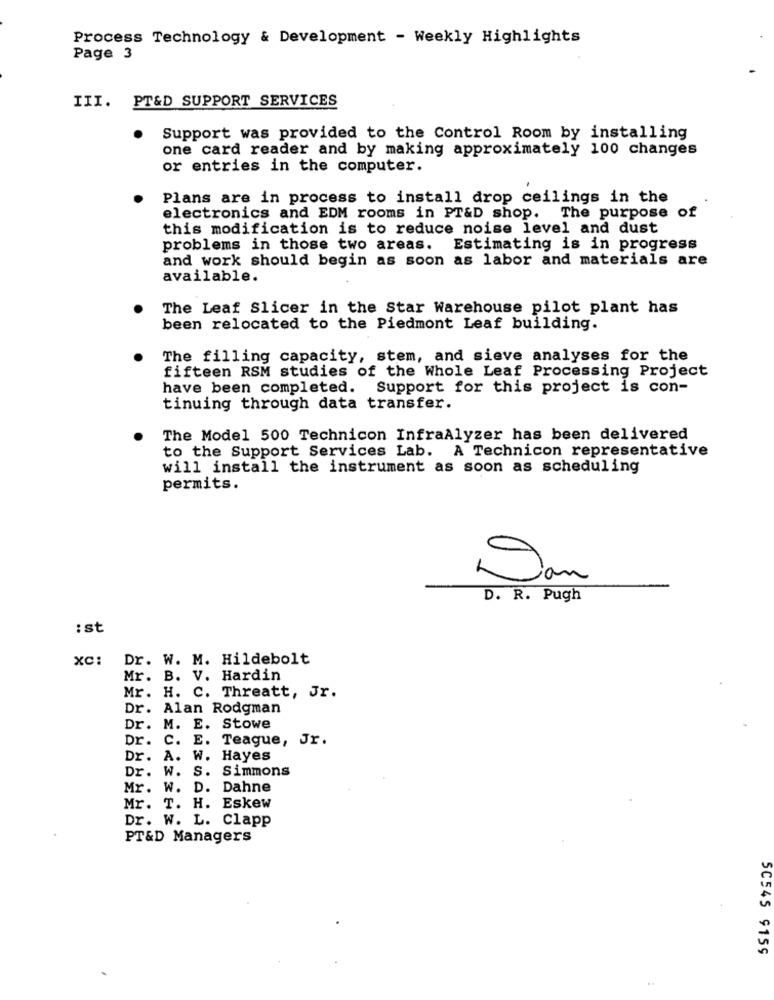
Process Technology & Development - Weekly Highlights
Page 3
III. PT&D SUPPORT SERVICES
Support was provided to the Control Room by installing
one card reader and by making approximately 100 changes
or entries in the computer.
Plans are in process to install drop ceilings in the
electronics and EDM rooms in PT&D shop. The purpose of
this modification is to reduce noise level and dust
problems in those two areas. Estimating is in progress
and work should begin as soon as labor and materials are
available.
The Leaf Slicer in the Star Warehouse pilot plant has
been relocated to the Piedmont Leaf building.
The filling capacity, stem, and sieve analyses for the
fifteen RSM studies of the Whole Leaf Processing Project
have been completed. Support for this project is con-
tinuing through data transfer.
The Model 500 Technicon InfraAlyzer has been delivered
to the Support Services Lab. A Technicon representative
will install the instrument as soon as scheduling
permits.
Dan.
an
D. R. Pugh
:st
XC:
Dr. W. M. Hildebolt
Mr. B. V. Hardin
Mr. H. C. Threatt, Jr.
Dr. Alan Rodgman
Dr. M. E. Stowe
Dr. C. E. Teague, Jr.
Dr. A. W. Hayes
Dr. W. S. Simmons
Mr. W. D. Dahne
Mr. T. H. Eskew
Dr. W. L. Clapp
PT&D Managers
SC545 9159